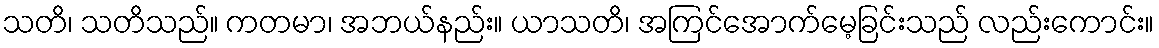
သတိ၊ သတိသည်။ ကတမာ၊ အဘယ်နည်း။ ယာသတိ၊ အကြင်အောက်မေ့ခြင်းသည် လည်းကောင်း။